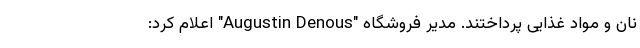
نان و مواد غذایی پرداختند. مدیر فروشگاه "Augustin Denous" اعلام کرد: